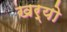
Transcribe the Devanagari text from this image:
खर्यो